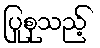
ပြုစုသည့်